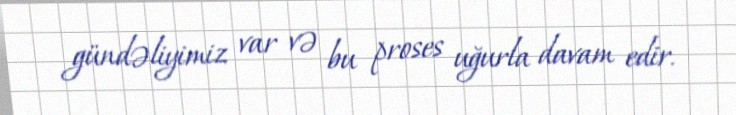
gündəliyimiz var və bu proses uğurla davam edir.